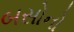
બસોનો